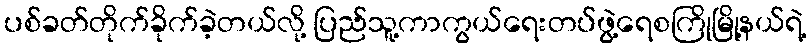
ပစ်ခတ်တိုက်ခိုက်ခဲ့တယ်လို့ ပြည်သူ့ကာကွယ်ရေးတပ်ဖွဲ့ရေစကြိုမြို့နယ်ရဲ့